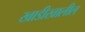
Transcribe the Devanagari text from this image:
खाडीखालील